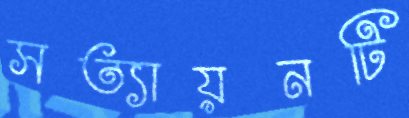
সত্যায়নটি